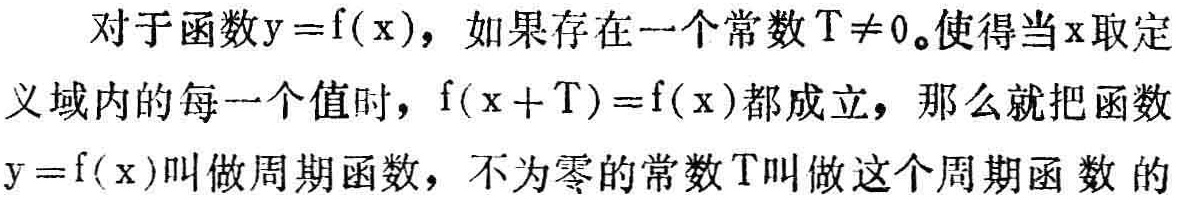
对于函数\(y = f(x)\)，如果存在一个常数\(T\neq 0\)。使得当\(x\)取定义域内的每一个值时，\(f(x + T)=f(x)\)都成立，那么就把函数\(y = f(x)\)叫做周期函数，不为零的常数\(T\)叫做这个周期函数的